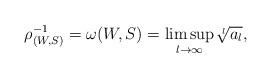
LaTeX: \begin{align*}\rho_{(W,S)}^{-1}=\omega(W,S)=\limsup_{l\to\infty}\sqrt[l]{a_l},\end{align*}